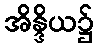
အိန္ဒိယ၌